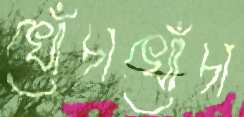
খোঁচাখোঁচা